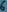
Text: 6